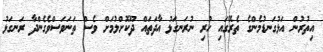
އިތުރުން އަޅުގަނޑުމެންގެ ތެރޭގައި ހުރި ނުރަނގަޅު އާދަތައް ދޫކޮށްލުމަށް ވެސް ތަނަވަސްވެގެންދާ ރަނގަޅު